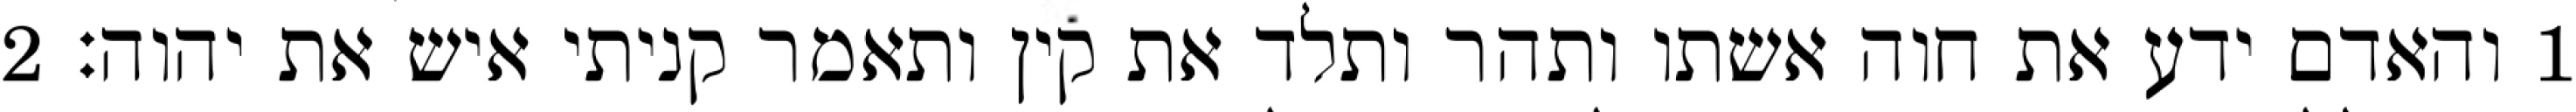
1 והאדם ידע את חוה אשתו ותהר ותלד את קין ותאמר קניתי איש את יהוה׃ ‎2‏